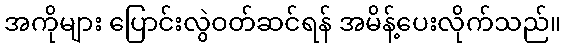
အကိုများ ပြောင်းလွဲဝတ်ဆင်ရန် အမိန့်ပေးလိုက်သည်။